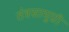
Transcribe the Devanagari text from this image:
तंत्रसामुग्री